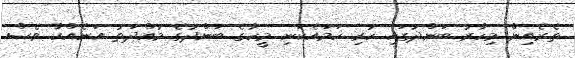
ތެރެއިން މިހާރު ބަންދުގައި ހުރި ހަމައެކަނި މީހާގެ ބަންދުގެ މުއްދަތު އަނެއްކާ ވެސް